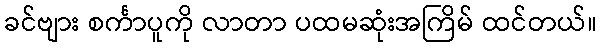
ခင်ဗျား စင်္ကာပူကို လာတာ ပထမဆုံးအကြိမ် ထင်တယ်။